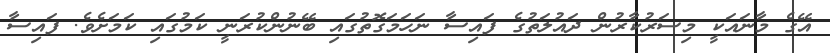
އޭގެ މާނައަކީ މިސަރުކާރުން ދައުލަތުގެ ފައިސާ ނަހަމަގޮތުގައި ބޭނުންކުރަނީ ކަމުގައި ކަމަށެވެ. ފައިސާ